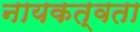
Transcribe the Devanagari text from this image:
नायकत्वता